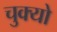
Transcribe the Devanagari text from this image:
चुक्यो